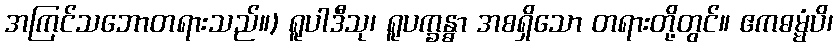
အကြင်သဘောတရားသည်။) ရူပါဒီသု၊ ရူပက္ခန္ဓာ အစရှိသော တရားတို့တွင်။ ဧကဓမ္မံပိ၊